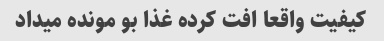
کیفیت واقعا افت کرده غذا بو مونده میداد